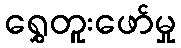
ရွှေတူးဖော်မှု